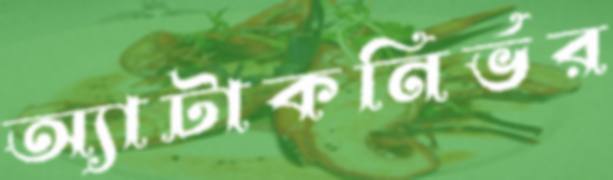
অ্যাটাকনির্ভর